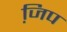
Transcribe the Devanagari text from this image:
जि़प